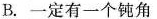
B.一定有一个钝角